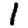
Digit: 1